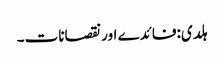
ہلدی:فائدے اور نقصانات۔